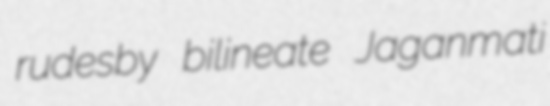
rudesby bilineate Jaganmati